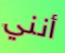
أنني